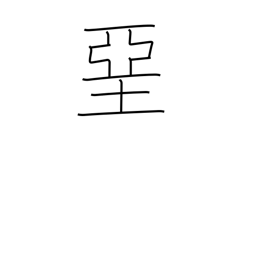
Meaning: whitewash